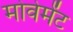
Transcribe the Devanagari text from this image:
मोवेमेंट